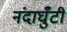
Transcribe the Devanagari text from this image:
नंदाघुँटी